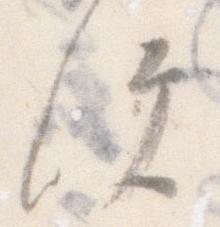
便